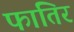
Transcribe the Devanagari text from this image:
फातिर